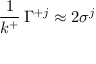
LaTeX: { \frac { 1 } { k ^ { + } } } \, \Gamma ^ { + j } \approx 2 \sigma ^ { j }